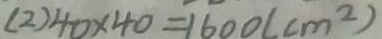
( 2 ) 4 0 \times 4 0 = 1 6 0 0 ( c m ^ { 2 } )